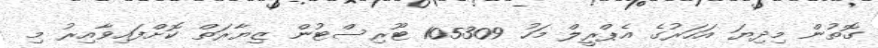
ގޮތުން މިދިޔަ އަހަރުގެ އެޕްރީލް މަހު 105309 ޓޫރިސްޓުން ޒިޔާރަތް ކޮށްފައިވާއިރު މި